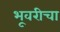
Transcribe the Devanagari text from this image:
भूवरीचा